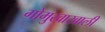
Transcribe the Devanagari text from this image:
गोमुखाखाली